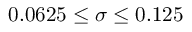
0 . 0 6 2 5 \le \sigma \le 0 . 1 2 5